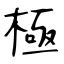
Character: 極